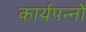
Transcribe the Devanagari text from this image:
कार्यपन्नों